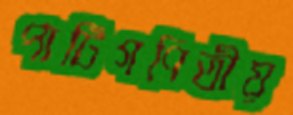
পাটিগণিতীয়